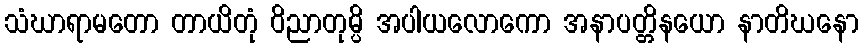
သံဃာရာမတော တာယိတုံ ဝိညာတုမ္ပိ အပါယလောကော အနာပတ္တိနယော နာတိဃနော